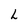
Character: L